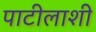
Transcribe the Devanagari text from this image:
पाटीलाशी